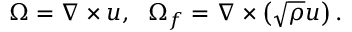
\boldsymbol { \Omega } = \nabla \times \boldsymbol { u } , ~ ~ \boldsymbol { \Omega } _ { f } = \nabla \times \left( \sqrt { \rho } \boldsymbol { u } \right) .